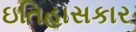
ઇતિહાસકાર